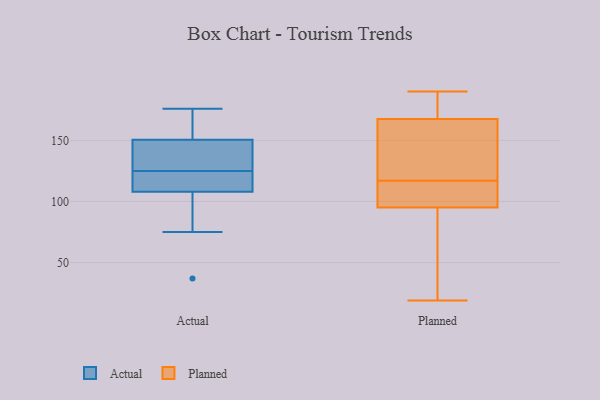
{"axis": {"x": "Gross Profit (USD K)", "y": "Value"}, "legend": ["Actual", "Planned"], "data": [{"x": "", "y": 151, "type": "Actual"}, {"x": "", "y": 111, "type": "Actual"}, {"x": "", "y": 150, "type": "Actual"}, {"x": "", "y": 105, "type": "Actual"}, {"x": "", "y": 128, "type": "Actual"}, {"x": "", "y": 37, "type": "Actual"}, {"x": "", "y": 144, "type": "Actual"}, {"x": "", "y": 75, "type": "Actual"}, {"x": "", "y": 169, "type": "Actual"}, {"x": "", "y": 176, "type": "Actual"}, {"x": "", "y": 122, "type": "Actual"}, {"x": "", "y": 122, "type": "Actual"}, {"x": "", "y": 117, "type": "Planned"}, {"x": "", "y": 138, "type": "Planned"}, {"x": "", "y": 125, "type": "Planned"}, {"x": "", "y": 95, "type": "Planned"}, {"x": "", "y": 184, "type": "Planned"}, {"x": "", "y": 116, "type": "Planned"}, {"x": "", "y": 187, "type": "Planned"}, {"x": "", "y": 101, "type": "Planned"}, {"x": "", "y": 151, "type": "Planned"}, {"x": "", "y": 36, "type": "Planned"}, {"x": "", "y": 19, "type": "Planned"}, {"x": "", "y": 95, "type": "Planned"}, {"x": "", "y": 190, "type": "Planned"}, {"x": "", "y": 173, "type": "Planned"}, {"x": "", "y": 91, "type": "Planned"}]}